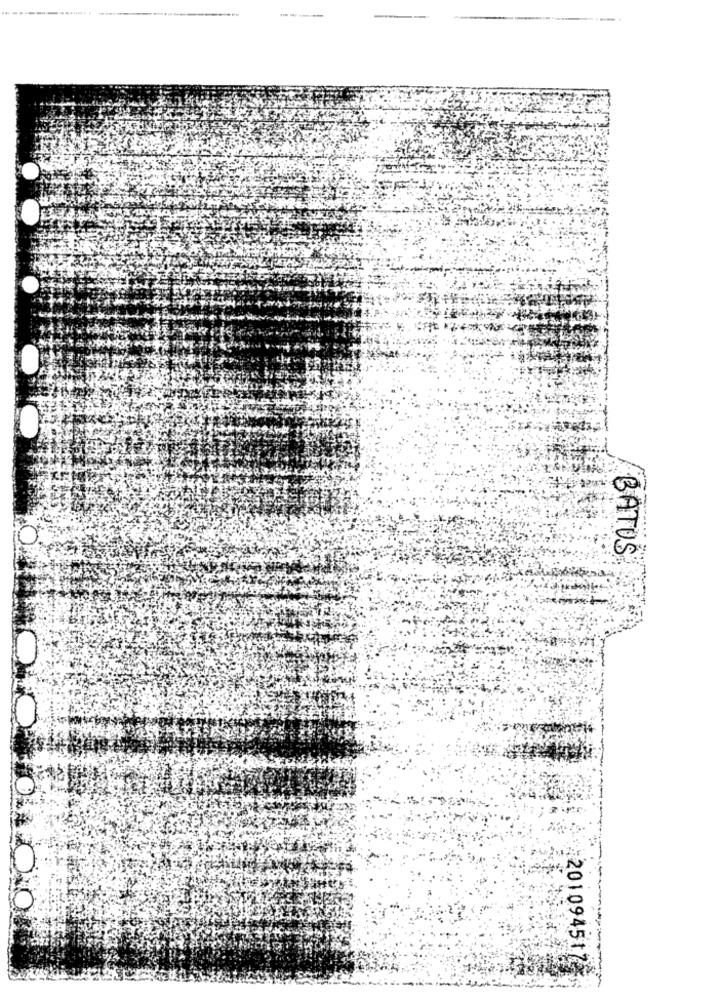
-
BATUS
2010945173